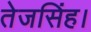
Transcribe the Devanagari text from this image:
तेजसिंह।